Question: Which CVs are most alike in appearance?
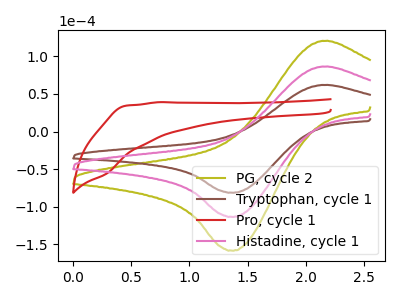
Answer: <think>The olive curve "PG, cycle 2" has an anodic peak at (2.15V, 172.50uA) and a cathodic peak at (1.35V, -226.75uA). The brown curve "Tryptophan, cycle 1" has an anodic peak at (2.15V, 61.80uA) and a cathodic peak at (1.35V, -81.25uA). The red curve "Pro, cycle 1" has no peaks. The pink curve "Histadine, cycle 1" has an anodic peak at (2.15V, 86.25uA) and a cathodic peak at (1.35V, -113.35uA).
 All the peaks in "PG, cycle 2" have a peak in "Tryptophan, cycle 1" at the same potential. Every peak in "PG, cycle 2" is higher than every peak in "Tryptophan, cycle 1". "PG, cycle 2" and "Pro, cycle 1" have a different number of peaks. All the peaks in "PG, cycle 2" have a peak in "Histadine, cycle 1" at the same potential. Every peak in "PG, cycle 2" is higher than every peak in "Histadine, cycle 1". "Tryptophan, cycle 1" and "Pro, cycle 1" have a different number of peaks. All the peaks in "Tryptophan, cycle 1" have a peak in "Histadine, cycle 1" at the same potential. Every peak in "Tryptophan, cycle 1" is lower than every peak in "Histadine, cycle 1". "Pro, cycle 1" and "Histadine, cycle 1" have a different number of peaks.</think>
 <answer>"Tryptophan, cycle 1", "PG, cycle 2" and "Histadine, cycle 1" have the same shape and are likely CV's of the same chemical.</answer>
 <eval>"Tryptophan, cycle 1" "PG, cycle 2" "Histadine, cycle 1"</eval>